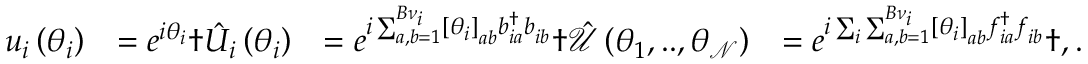
\begin{array} { r l r l } { u _ { i } \left( \theta _ { i } \right) } & { = e ^ { i \theta _ { i } } \dag \hat { U } _ { i } \left( \theta _ { i } \right) } & { = e ^ { i \sum _ { a , b = 1 } ^ { B { \nu } _ { i } } \left[ \theta _ { i } \right] _ { a b } b _ { i a } ^ { \dagger } b _ { i b } ^ { \phantom { \dagger } } } \dag \hat { \mathcal { U } } \left( \theta _ { 1 } , . . , \theta _ { \mathcal { N } } \right) } & { = e ^ { i \sum _ { i } \sum _ { a , b = 1 } ^ { B { \nu } _ { i } } \left[ \theta _ { i } \right] _ { a b } f _ { i a } ^ { \dagger } f _ { i b } ^ { \phantom { \dagger } } } \dag , . } \end{array}